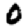
Digit: 0